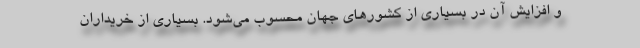
و افزایش آن در بسیاری از کشورهای جهان محسوب می‌شود. بسیاری از خریداران